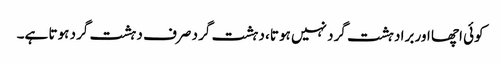
کوئی اچھا اور برا دہشت گرد نہیں ہوتا، دہشت گرد صرف دہشت گرد ہوتا ہے۔